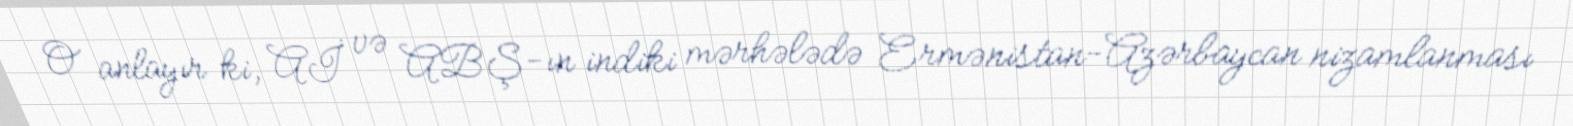
O anlayır ki, Aİ və ABŞ-ın indiki mərhələdə Ermənistan-Azərbaycan nizamlanması